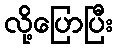
လို့ပြောပြီး